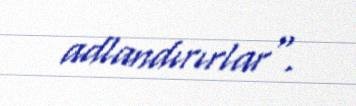
adlandırırlar".